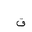
Letter: _qaf